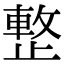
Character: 𣦔